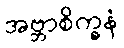
အဗ္ဘာစိက္ခနံ